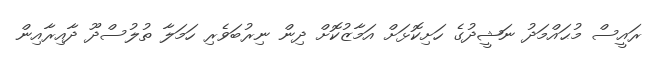
ރައީސް މުޙައްމަދު ނަޝީދުގެ ހަށިކޮޅަށް އަމާޒުކޮށް ދިން ނިރުބަވެރި ހަމަލާ ތުލުސްދޫ ދާއިރާއިން